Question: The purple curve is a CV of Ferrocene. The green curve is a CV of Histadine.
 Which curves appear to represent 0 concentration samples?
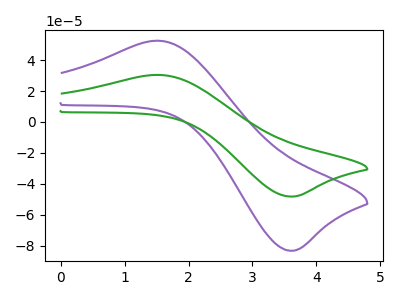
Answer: <think>The purple curve "Ferrocene" has an anodic peak at (1.55V, 52.50uA) and a cathodic peak at (3.55V, -83.20uA). The green curve "Histadine" has an anodic peak at (1.55V, 30.40uA) and a cathodic peak at (3.55V, -48.15uA).</think>
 <answer>There are not any CV's on this graph that are likely to be blanks.</answer>
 <eval>none</eval>